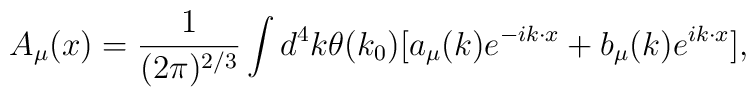
A_\mu(x)=\frac{1}{(2\pi)^{2/3}}\int d^4k   \theta(k_0){[a_\mu(k)e^{-ik\cdot x}+b_\mu(k)e^{ik\cdot x}]},